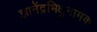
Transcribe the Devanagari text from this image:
ज्ञानेंद्रभिक्षुनामक